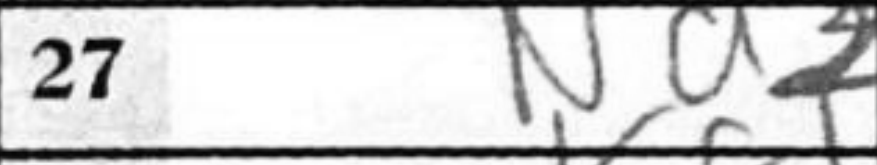
Transcription: Nd2